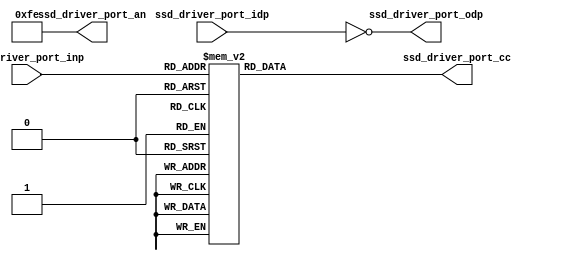
`timescale 1ns / 1ps
//////////////////////////////////////////////////////////////////////////////////
// Company: 
// Engineer: 
// 
// Design Name: 
// Module Name: ssd_driver
// Project Name: LAB 2 
// Target Devices: 
// Tool Versions: 
// Description: Number driver thingy
// 
// Dependencies: 
// 
// Revision:
// Revision 0.01 - File Created
// Additional Comments:
// 
//////////////////////////////////////////////////////////////////////////////////


module ssd_driver(
        input [3:0] ssd_driver_port_inp,    // Input in binary
        input ssd_driver_port_idp,          // Input for decimal point
 //       output [3:0] ssd_driver_port_led,   // Output to LED in binary
        output [6:0] ssd_driver_port_cc,    // Output to seven segment
        output ssd_driver_port_odp,         // Output to decimal point
        output [7:0] ssd_driver_port_an    // Output to analog 
//        output ssd_driver_port_odp_led       // Output to decimal point LED
    );
    assign ssd_driver_port_odp = ~ssd_driver_port_idp;
   // assign ssd_driver_port_odp_led = ssd_driver_port_idp;
    assign ssd_driver_port_an = 8'b11111110;
  //  assign ssd_driver_port_led = ssd_driver_port_inp;
    
    reg [6:0] ssd_driver_temp_cc;
    wire [3:0] ssd_driver_digit;
    assign ssd_driver_digit = ssd_driver_port_inp;
    
    always@(ssd_driver_digit)
        begin:SEG_ENC
            case(ssd_driver_digit)
            // cg cf ce cd cc cb ca 
            4'h0: ssd_driver_temp_cc = 7'b1000000; //64
            4'h1: ssd_driver_temp_cc = 7'b1111001; //121
            4'h2: ssd_driver_temp_cc = 7'b0100100; //36
            4'h3: ssd_driver_temp_cc = 7'b0110000; //48
            4'h4: ssd_driver_temp_cc = 7'b0011001; //25
            4'h5: ssd_driver_temp_cc = 7'b0010010; //18
            4'h6: ssd_driver_temp_cc = 7'b0000010; 
            4'h7: ssd_driver_temp_cc = 7'b1111000; 
            4'h8: ssd_driver_temp_cc = 7'b0000000; 
            4'h9: ssd_driver_temp_cc = 7'b0010000; 
            4'hA: ssd_driver_temp_cc = 7'b0001000; 
            4'hB: ssd_driver_temp_cc = 7'b0000011; 
            4'hC: ssd_driver_temp_cc = 7'b1000110; 
            4'hD: ssd_driver_temp_cc = 7'b0100001; 
            4'hE: ssd_driver_temp_cc = 7'b0000110; 
            4'hF: ssd_driver_temp_cc = 7'b0001110;    
            default: ssd_driver_temp_cc = 7'hZZ; 
            endcase
        end
    assign ssd_driver_port_cc = ssd_driver_temp_cc;
endmodule